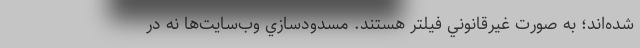
شده‌اند؛ به صورت غيرقانوني فيلتر هستند. مسدودسازي وب‌سايت‌ها نه در